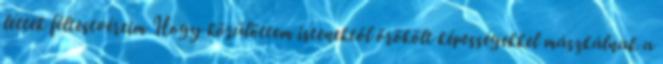
lettek féltestvéreim Hogy körülöttem istenektől örökölt képességekkel mászkálnak a